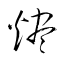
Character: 燼